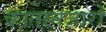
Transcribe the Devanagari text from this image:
कातानज़ारो